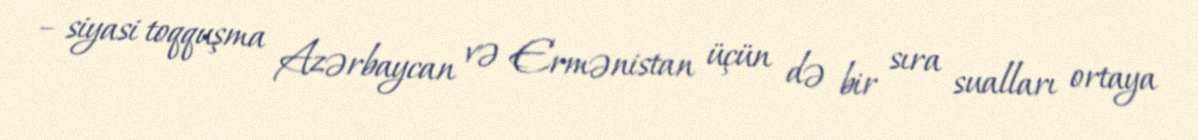
– siyasi toqquşma Azərbaycan və Ermənistan üçün də bir sıra sualları ortaya